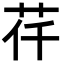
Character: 𦭛